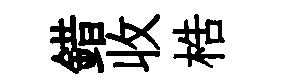
錯收梏